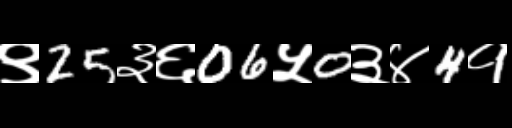
Text: ९25३६06५0३४4१